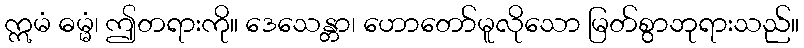
ဣမံ ဓမ္မံ၊ ဤတရားကို။ ဒေသေန္တာ၊ ဟောတော်မူလိုသော မြတ်စွာဘုရားသည်။